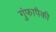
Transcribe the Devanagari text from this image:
गुंफापैकी